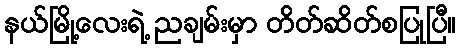
နယ်မြို့လေးရဲ့ ညချမ်းမှာ တိတ်ဆိတ်စပြုပြီ။